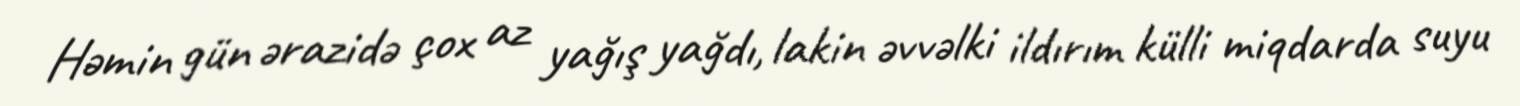
Həmin gün ərazidə çox az yağış yağdı, lakin əvvəlki ildırım külli miqdarda suyu